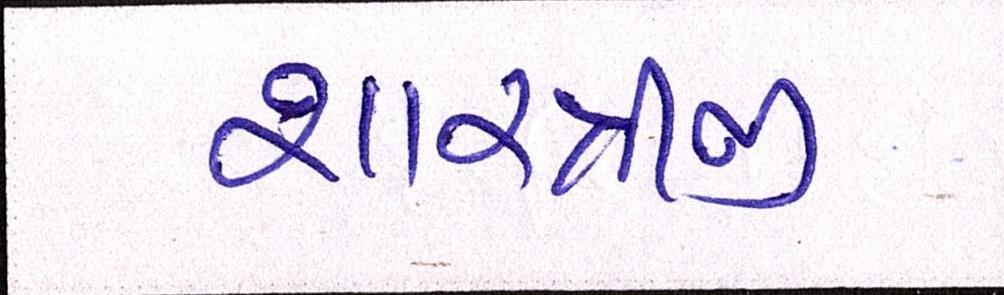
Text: શાસ્ત્રીજી